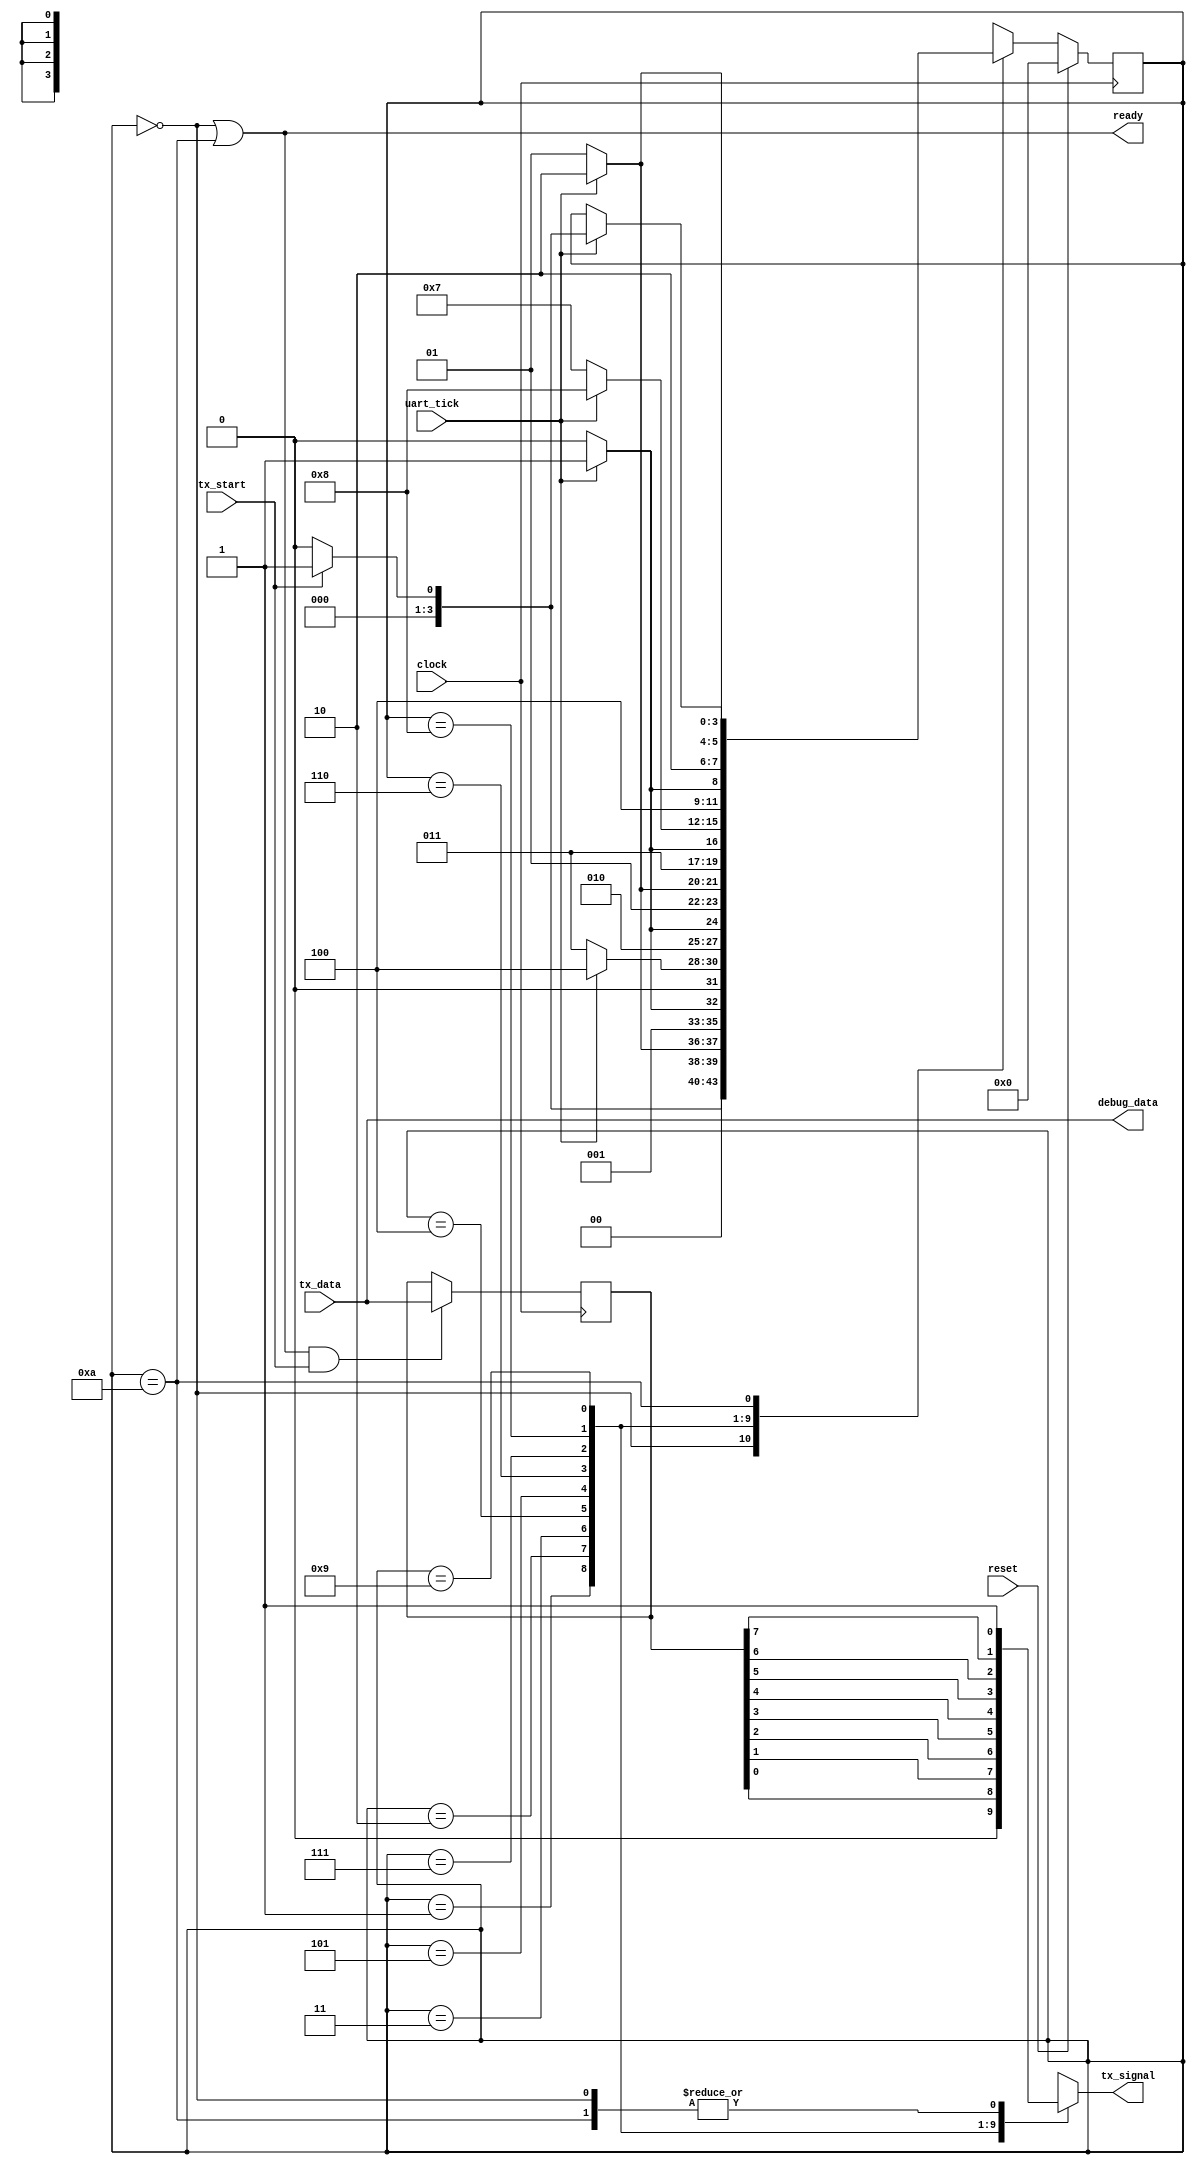
module TX (
    input           clock,
    input           reset,
    input           uart_tick,
    input           tx_start,
    input [7:0]     tx_data,
    output          ready,

    output reg      tx_signal,
    output [7:0]    debug_data
);

    localparam [3:0] IDLE    = 0;
    localparam [3:0] STRT    = 1;
    localparam [3:0] BIT0    = 2;
    localparam [3:0] BIT1    = 3;
    localparam [3:0] BIT2    = 4;
    localparam [3:0] BIT3    = 5;
    localparam [3:0] BIT4    = 6;
    localparam [3:0] BIT5    = 7;
    localparam [3:0] BIT6    = 8;
    localparam [3:0] BIT7    = 9;
    localparam [3:0] STOP    = 10;

    reg [7:0] write_data = 8'd2;
    reg [3:0] state      = IDLE;

    assign ready = (state == IDLE) || (state == STOP);

    always @ (posedge clock) begin
        if (ready & tx_start)
            write_data <= tx_data;
        //write_data <= (ready & tx_start) ? tx_data : write_data;
    end

    assign debug_data = tx_data;

    always @ (posedge clock) begin
        if (reset)
            state <= IDLE;
        else begin
            case (state)
                IDLE : state <= (tx_start)  ? STRT : IDLE;
                STRT : state <= (uart_tick) ? BIT0 : STRT;
                BIT0 : state <= (uart_tick) ? BIT1 : BIT0;
                BIT1 : state <= (uart_tick) ? BIT2 : BIT1;
                BIT2 : state <= (uart_tick) ? BIT3 : BIT2;
                BIT3 : state <= (uart_tick) ? BIT4 : BIT3;
                BIT4 : state <= (uart_tick) ? BIT5 : BIT4;
                BIT5 : state <= (uart_tick) ? BIT6 : BIT5;
                BIT6 : state <= (uart_tick) ? BIT7 : BIT6;
                BIT7 : state <= (uart_tick) ? STOP : BIT7;
                /*IDLE : if (tx_start)     state <= STRT;
                STRT : if (uart_tick)    state <= BIT0;
                BIT0 : if (uart_tick)    state <= BIT1;
                BIT1 : if (uart_tick)    state <= BIT2;
                BIT2 : if (uart_tick)    state <= BIT3;
                BIT3 : if (uart_tick)    state <= BIT4;
                BIT4 : if (uart_tick)    state <= BIT5;
                BIT5 : if (uart_tick)    state <= BIT6;
                BIT6 : if (uart_tick)    state <= BIT7;
                BIT7 : if (uart_tick)    state <= STOP;*/
                STOP : if (uart_tick)    state <= (tx_start) ? STRT : IDLE;
                default: state <= 4'bxxxx;
            endcase
        end
    end

    always @ (state, write_data) begin
        case (state)
            IDLE: tx_signal <= 1;
            STRT: tx_signal <= 0;
            BIT0: tx_signal <= write_data[0];
            BIT1: tx_signal <= write_data[1];
            BIT2: tx_signal <= write_data[2];
            BIT3: tx_signal <= write_data[3];
            BIT4: tx_signal <= write_data[4];
            BIT5: tx_signal <= write_data[5];
            BIT6: tx_signal <= write_data[6];
            BIT7: tx_signal <= write_data[7];
            STOP: tx_signal <= 1;
            default: tx_signal <= 1'bx;
        endcase
    end

endmodule